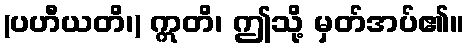
(ပဟီယတိ၊) ဣတိ၊ ဤသို့ မှတ်အပ်၏။